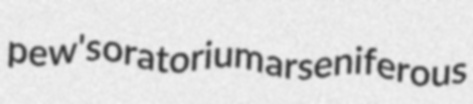
pew's oratorium arseniferous